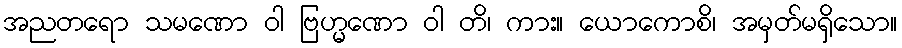
အညတရော သမဏော ဝါ ဗြဟ္မဏော ဝါ တိ၊ ကား။ ယောကောစိ၊ အမှတ်မရှိသော။